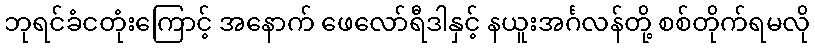
ဘုရင်ခံငတုံးကြောင့် အနောက် ဖေလော်ရီဒါနှင့် နယူးအင်္ဂလန်တို့ စစ်တိုက်ရမလို